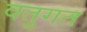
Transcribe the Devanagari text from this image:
वतुगत